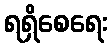
ရရှိစေရေး